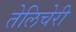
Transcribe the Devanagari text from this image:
तेलिचेरी